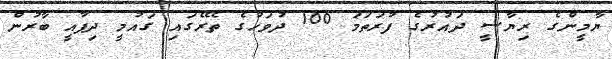
ޔާމީންގެ ރިޔާސީ ދައުރުގެ ފުރަތަމަ 100 ދުވަހުގެ ތެރޭގައި ގައުމީ ދިފާއީ ބާރުން